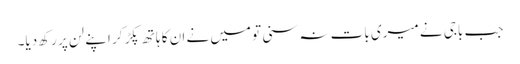
جب باجی نے میری بات نہ سنی تو میں نے ان کا ہاتھ پکڑ کر اپنے لن پر رکھ دیا۔